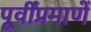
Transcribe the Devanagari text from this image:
पूर्वींप्रमाणें